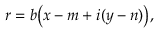
r = b { \bigl ( } x - m + i ( y - n ) { \bigr ) } ,